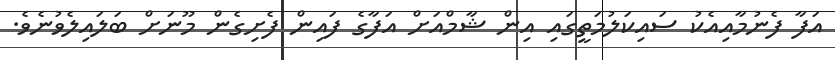
އަފާ ފެނުމާއިއެކު ސައިކަލުމަތީގައި އިން ޝާމްއަށް އަފާގެ ފައިން ފެށިގެން މޫނަށް ބަލައިލެވުނެވެ.